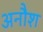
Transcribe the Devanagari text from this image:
अनौश